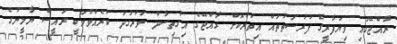
ރާއްޖޭގައި ވިޔަފާރީގެ ފުރުސަތުތައް އިތުރުކޮށް ރާއްޖޭގެ އިގްތިސާދު ވަރުގަދަ ކުރެއްވުމަކީ ރައީސް ޔާމީނުގެ